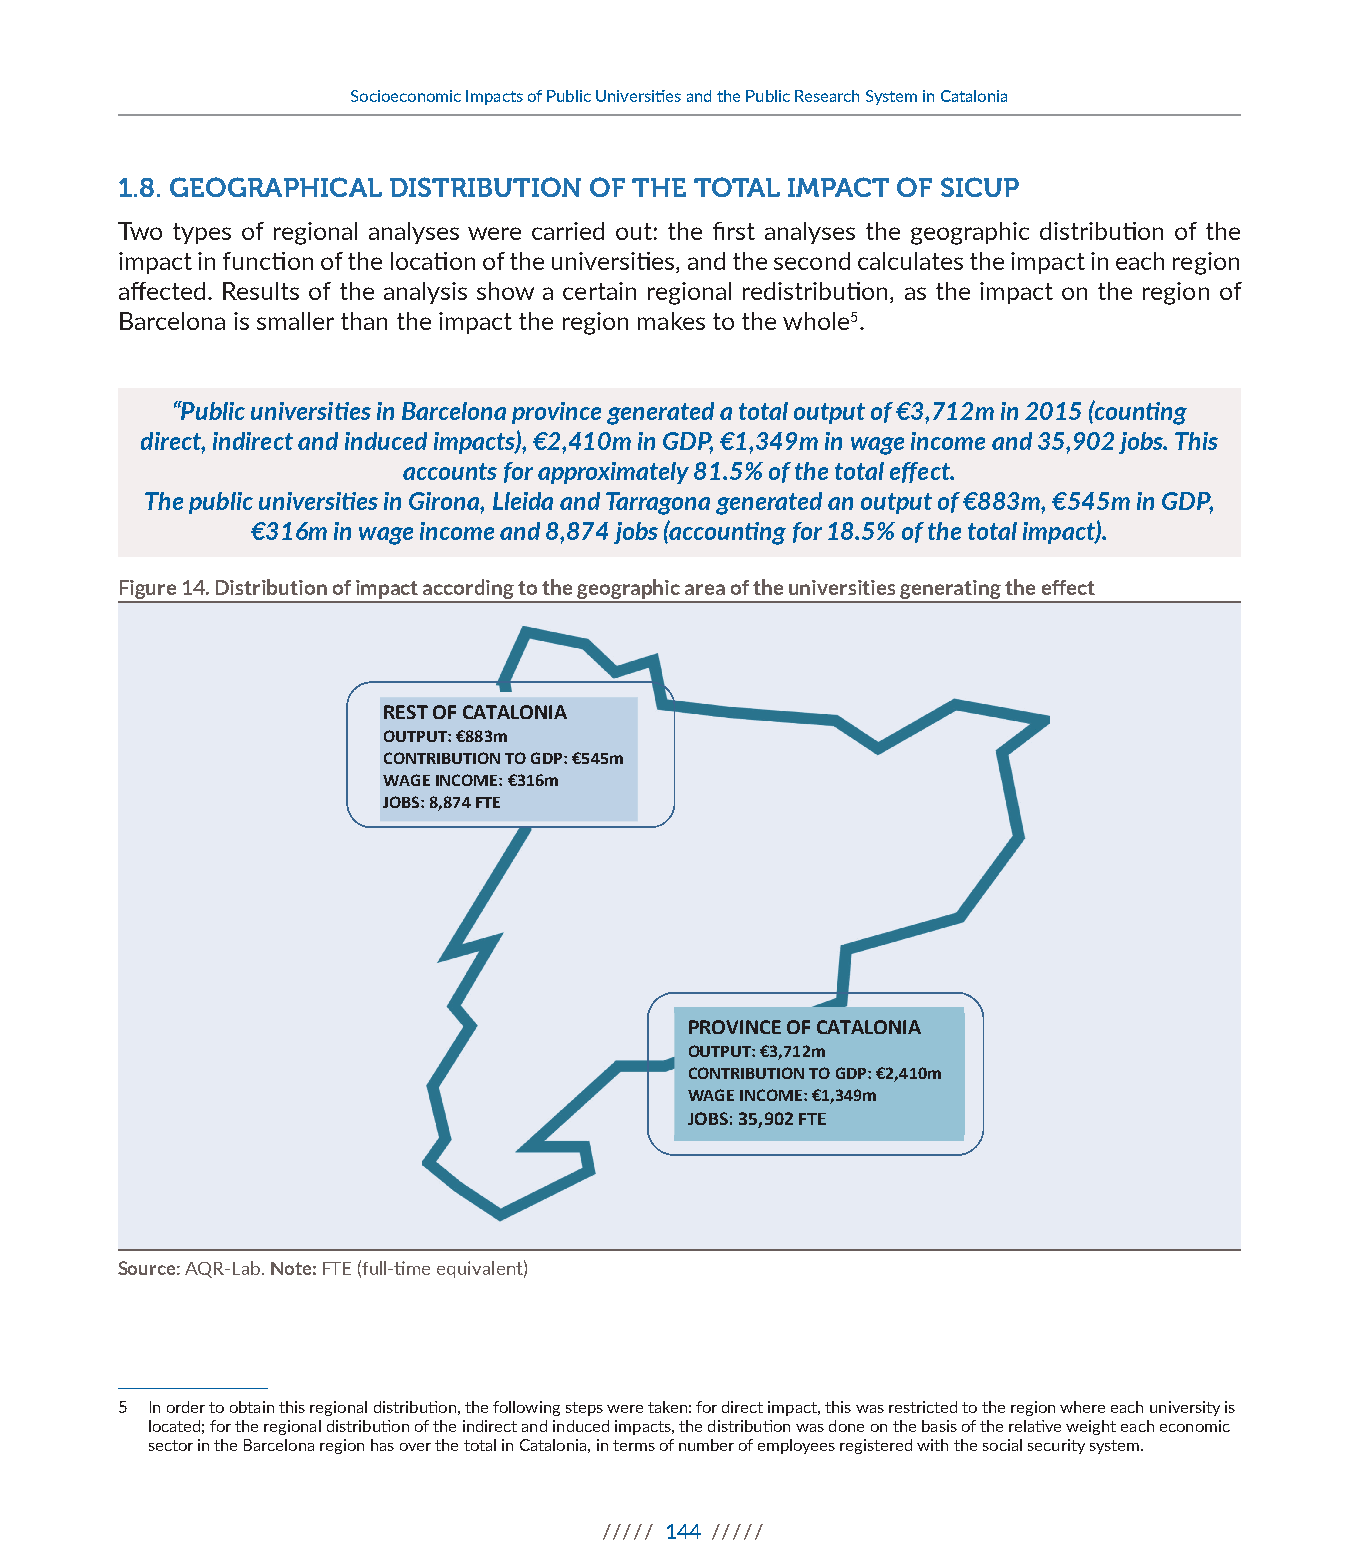
Socioeconomic Impacts of Public Universities and the Public Research System in Catalonia
 1.8. GEOGRAPHICAL DISTRIBUTION OF THE TOTAL IMPACT OF SICUP
 Two types of regional analyses were carried out: the first analyses the geographic distribution of the
 impact in function of the location of the universities, and the second calculates the impact in each region
 affected. Results of the analysis show a certain regional redistribution, as the impact on the region of
 Barcelona is smaller than the impact the region makes to the whole5.
 “Public universities in Barcelona province generated a total output of €3,712m in 2015 (counting
 direct, indirect and induced impacts), €2,410m in GDP, €1,349m in wage income and 35,902 jobs. This
 accounts for approximately 81.5% of the total effect.
 The public universities in Girona, Lleida and Tarragona generated an output of €883m, €545m in GDP,
 €316m in wage income and 8,874 jobs (accounting for 18.5% of the total impact).
 Figure 14. Distribution of impact according to the geographic area of the universities generating the effect
 REST OF CATALONIA
 OUTPUT: €883m
 CONTRIBUTION TO GDP: €545m
 WAGE INCOME: €316m
 JOBS: 8,874 FTE
 PROVINCE OF CATALONIA
 OUTPUT: €3,712m
 CONTRIBUTION TO GDP: €2,410m
 WAGE INCOME: €1,349m
 JOBS: 35,902 FTE
 Source: AQR-Lab. Note: FTE (full-time equivalent)
 5 In order to obtain this regional distribution, the following steps were taken: for direct impact, this was restricted to the region where each university is
 located; for the regional distribution of the indirect and induced impacts, the distribution was done on the basis of the relative weight each economic
 sector in the Barcelona region has over the total in Catalonia, in terms of number of employees registered with the social security system.
 ///// 144 /////